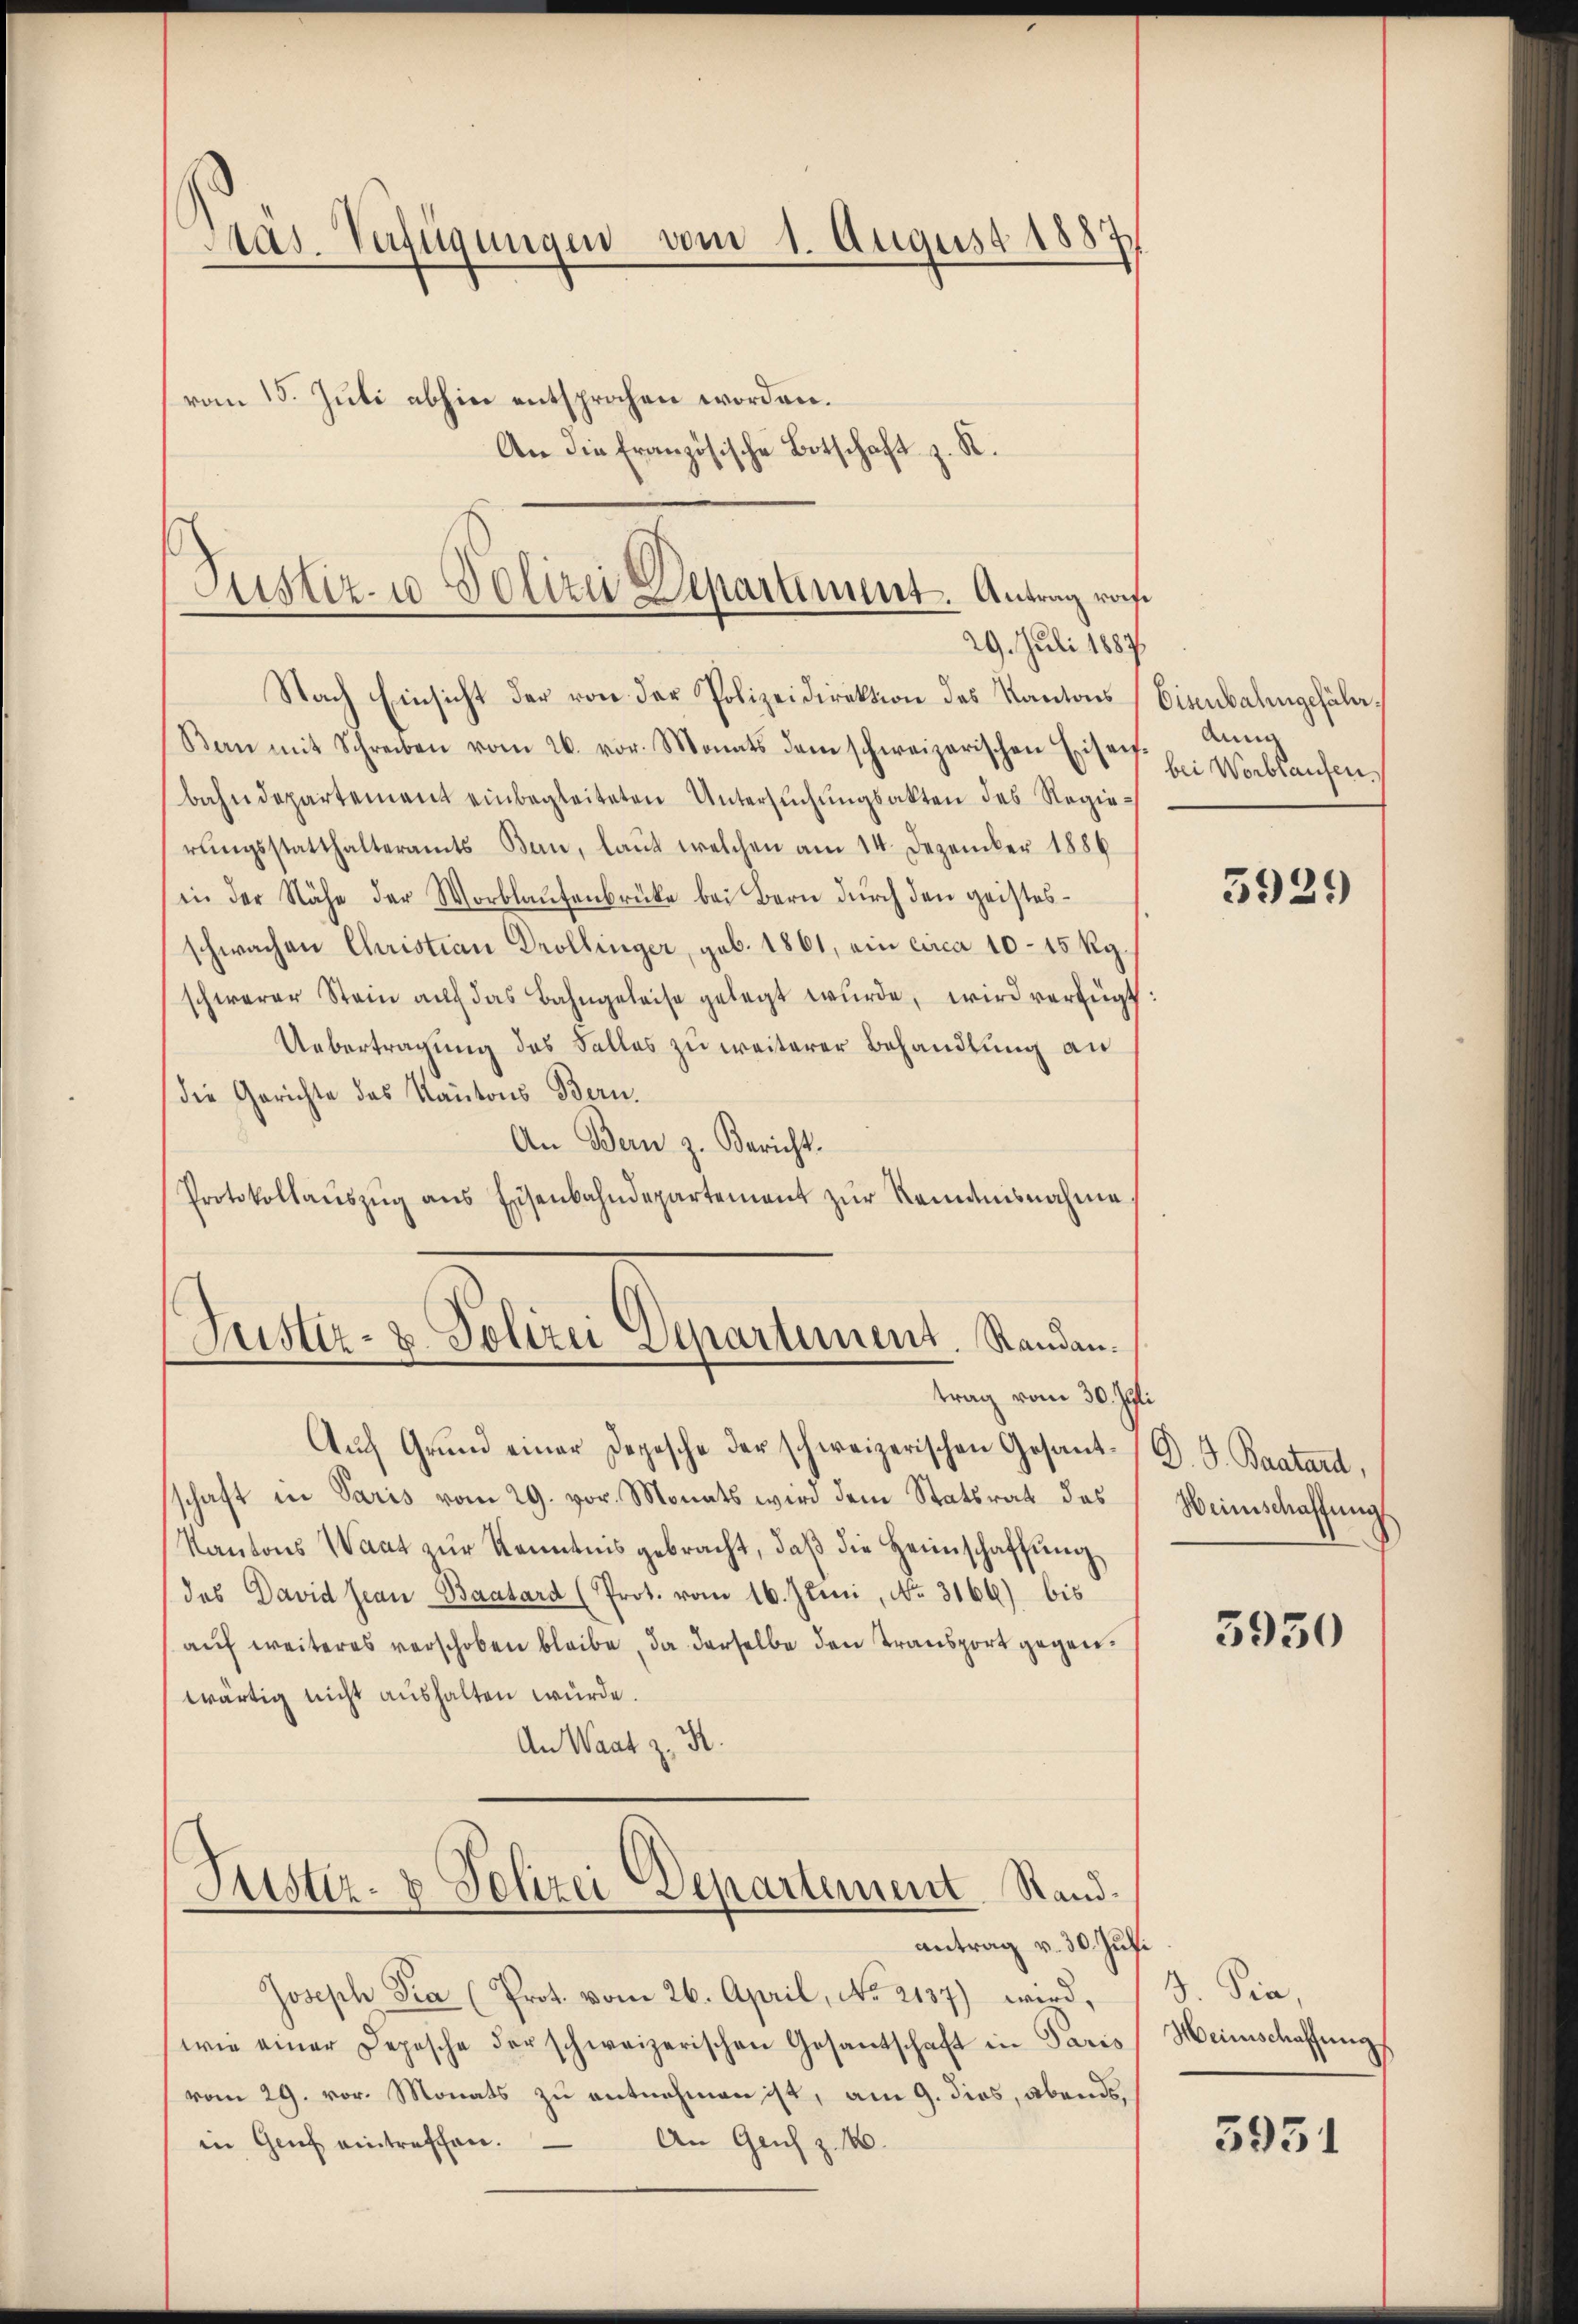
Das Verfügungen vom 1. August 1887
vom 15. Juli abhin entsprochen worden.
An die Französische Botschaft z. R.

Nach Einsicht der von der Polizeidirektion des Kantons Eisenbahngefähr¬
Ban mit Schreiben vom 26. vor. Monats dem schweizerischen Eisen. Anna
bahndepartement einbegleiteten Untersŭchŭngsakten des Regierŭngsstatthalteramts Ban, laut welchen am 14. Dezember 1886
in der Nähe der Worblaufenbrücke bei Bern durch den geistesschwachen Christian Drollinger, geb. 1861, ein circa 10–15 Rg.
schwerer Stein aŭf das Bahngeleise gelegt wŭrde, wird verfügt:
Uebertragung des Falles zu weiterer Behandlung an
die Gerichte des Kantons Bern.
An Bern z. Bericht.
Protokollaŭszŭg ans Eisenbahndepartement zŭr Romanisnahme

Justiz- u Polizei Departement. Antrag ras
29. Juli 1887

Guster- & Polizei Departement. Standen.
trag vom 30. Juli

Justiz- & Polizei Departement. Stand.

antrag v. 30. Juli
Joseph Pra (Prot. vom 26. April, No 2137) wird,
wie einer Depesche der schweizerischen Gesantschaft in Paris
vom 29. vor. Monats zu entnehmen ist, am 9. dies, abends
An Genf z. 10.
in Genf eintreffen.

Auch Grund einer Depesche der schweizerischen Gesantschaft in Paris vom 29. vor. Monats wird dem Statsrat des
Kantons Wart zŭr Kenntnis gebracht, daβ die Heimschaffŭng
(das David Jean Baatard (Prot. vom 16. Juni, No. 3166) bis
aŭf weiteres verschoben bleibe, da derselbe den Transport gegenwärtig nicht aushalten würde.
An Waat z. B.

bei Worbkaufen.

5929

D. J. Baatard,
Weinschaffung

3950

B. Pia,
Heimschaffung

5951